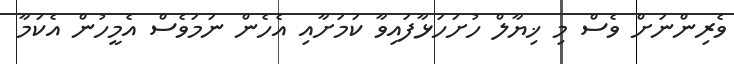
ވެރިންނަށް ވެސް މި ޚިޔާލް ހުށަހަޅާފައިވާ ކަމަށާއި އެހެން ނަމަވެސް އެމީހުން އެކަމާ